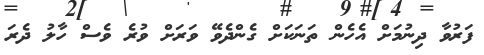
ފަރުވާ ދިނުމަށް އެހެން ތަނަކަށް ގެންދެވޭ ވަރަށް ވުރެ ވެސް ހާލު ދެރަ